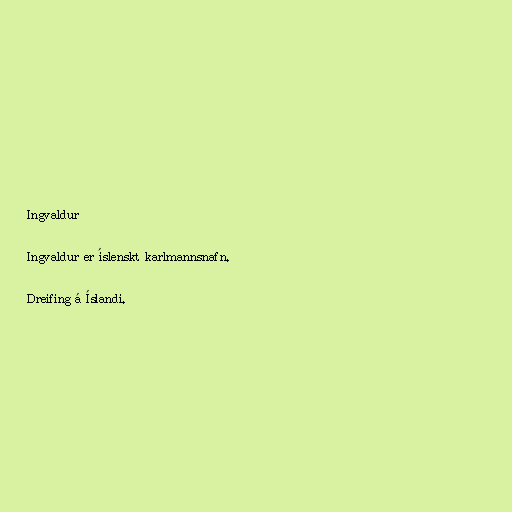
Ingvaldur

Ingvaldur er íslenskt karlmannsnafn.

Dreifing á Íslandi.